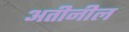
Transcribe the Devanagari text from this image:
अतीनील